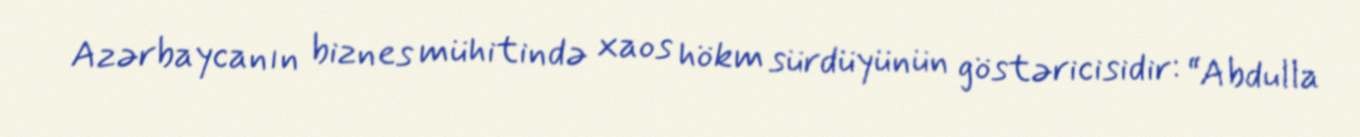
Azərbaycanın biznes mühitində xaos hökm sürdüyünün göstəricisidir: “Abdulla